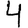
Digit: 4